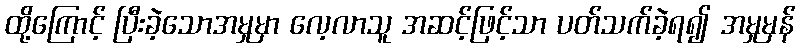
ထို့ကြောင့် ပြီးခဲ့သောအမှုမှာ လေ့လာသူ အဆင့်ဖြင့်သာ ပတ်သက်ခဲ့ရ၍ အမှုမှန်